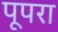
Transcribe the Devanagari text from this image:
पूपरा